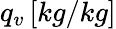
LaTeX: q_{v}\, [kg/kg]